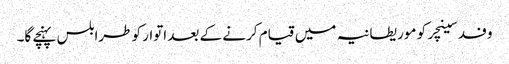
وفد سینچر کو موریطانیہ میں قیام کرنے کے بعد اتوار کو طرابلس پہنچے گا۔